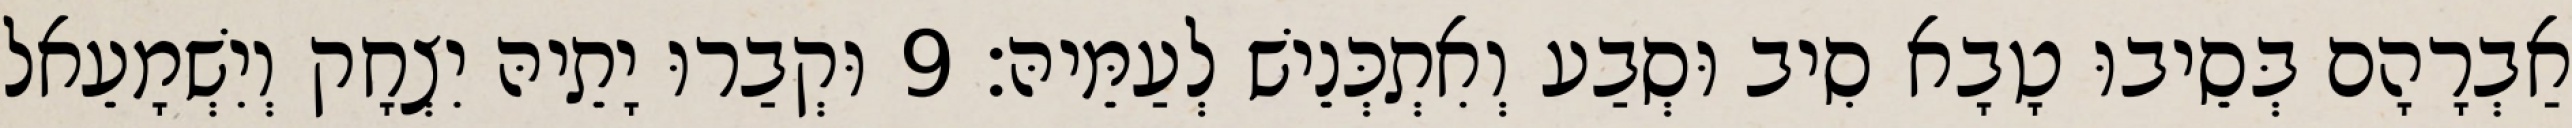
אַבְרָהָם בְּסֵיבוּ טָבָא סִיב וּסְבַע וְאִתְכְּנֵישׁ לְעַמֵּיהּ׃ 9 וּקְבַרוּ יָתֵיהּ יִצְחָק וְיִשְׁמָעֵאל